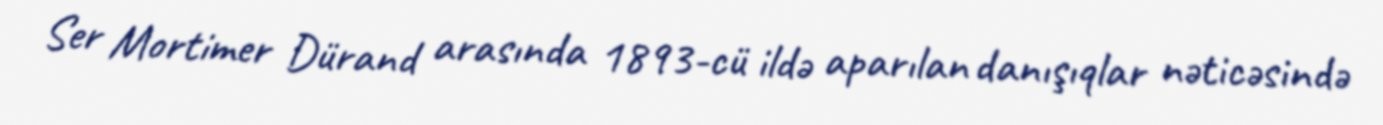
Ser Mortimer Dürand arasında 1893-cü ildə aparılan danışıqlar nəticəsində